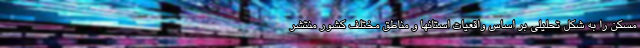
مسکن را به شکل تحلیلی بر اساس واقعیات استانها و مناطق مختلف کشور منتشر